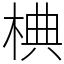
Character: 椣